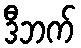
ဒီဘက်